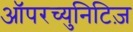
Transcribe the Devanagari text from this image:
ऑपरच्युनिटिज़